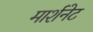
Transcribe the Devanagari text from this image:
मार्शनेट